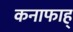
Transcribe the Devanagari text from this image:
कनाफाह्